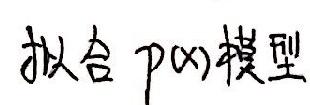
拟合 \(p(x)\) 模型